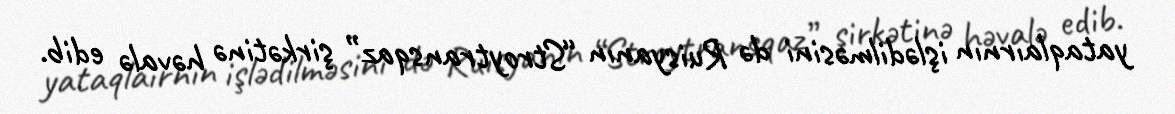
yataqlaırnın işlədilməsini də Ruisyanın “Stroytransqaz” şirkətinə həvalə edib.